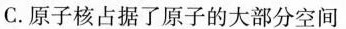
C.原子核占据了原子的大部分空间